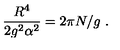
\frac { R ^ { 4 } } { 2 g ^ { 2 } \alpha ^ { 2 } } = 2 \pi N / g \ .